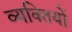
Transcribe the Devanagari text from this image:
व्‍यक्‍ितयों